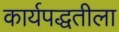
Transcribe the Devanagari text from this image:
कार्यपद्धतीला